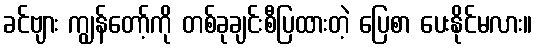
ခင်ဗျား ကျွန်တော့်ကို တစ်ခုချင်းစီပြထားတဲ့ ပြေစာ ပေးနိုင်မလား။